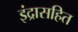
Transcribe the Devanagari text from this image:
इंद्रासहित